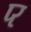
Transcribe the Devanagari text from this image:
प्‍र